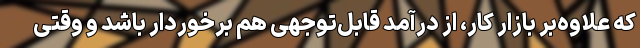
که علاوه‌بر بازار کار، از درآمد قابل‌توجهی هم برخوردار باشد و وقتی